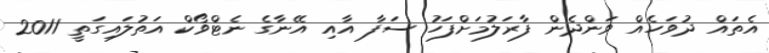
އެތައް ދުވަހެއް ވަންދެން ފާރަލުމަށްފަހު ސަފާ އާއި އޭނާގެ ނެޓްވޯކް އަތުލައިގަތީ 2011